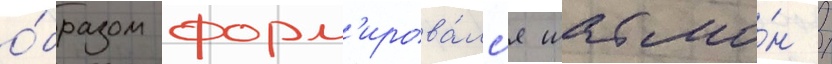
о́бразом форм'ирова́лс'я шабло́н /